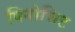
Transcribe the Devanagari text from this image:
पिनोचिट